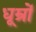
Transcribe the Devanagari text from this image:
धूम्रों